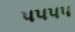
૫૫૫૫